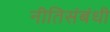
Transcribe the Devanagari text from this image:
नीतिसंबंधी